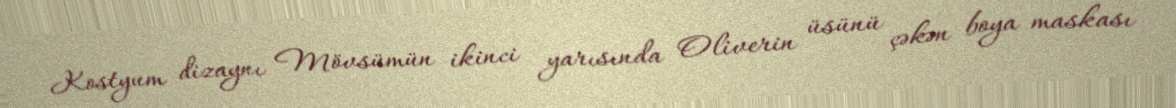
Kostyum dizaynı Mövsümün ikinci yarısında Oliverin üsünü çəkən boya maskası